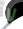
لا